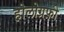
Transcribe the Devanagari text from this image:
होलोग्रफ़ी